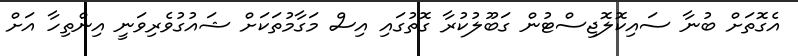
އެގޮތަށް ބުނާ ސައިކޮލޮޖިސްޓުން ގަބޫލުކުރާ ގޮތުގައި އިސް މަގާމުތަކަށް ޝައުގުވެރިވަނީ އިންތިހާ އަށް